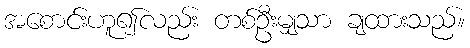
အစောင်းဟူ၍လည်း တစ်ဦးမျှသာ ချထားသည်။